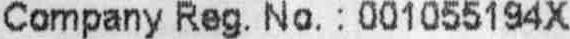
COMPANY REG. NO. : 001055194X